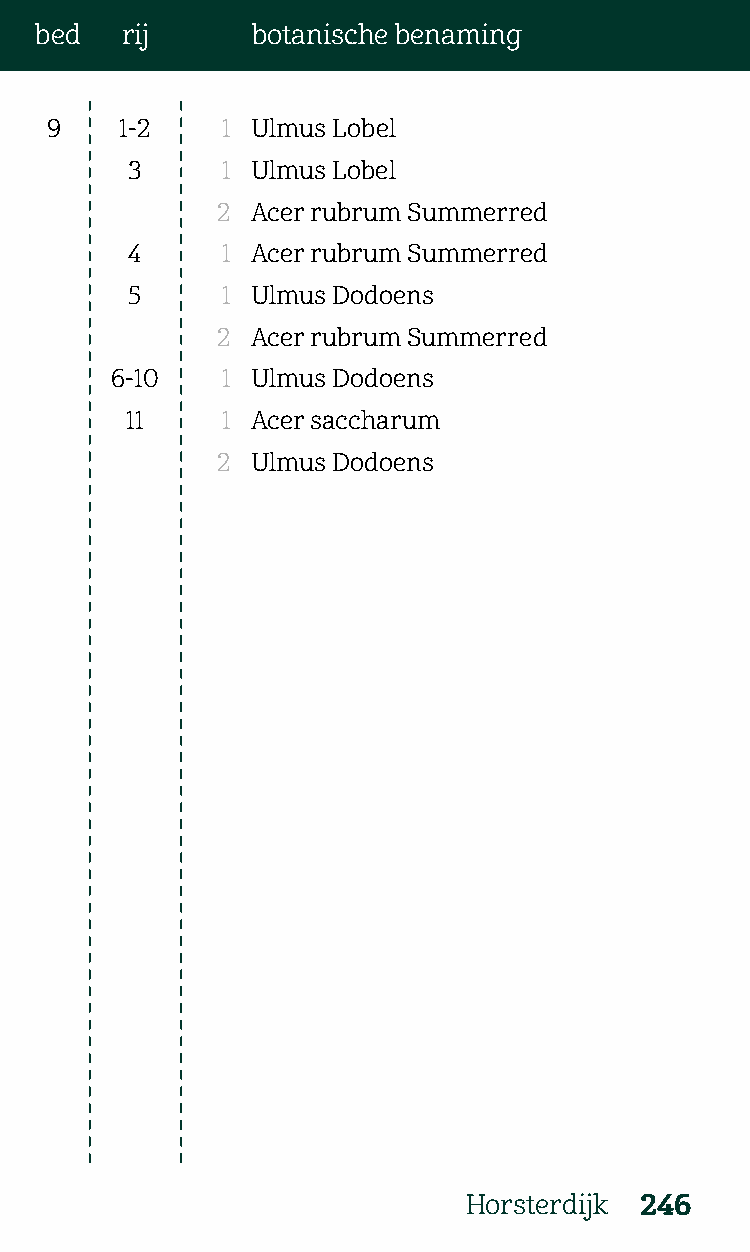
bed   rij      botanische benaming
 9    1-2    1 Ulmus Lobel
 3      1 Ulmus Lobel
 2  Acer rubrum Summerred
 4      1 Acer rubrum Summerred
 5      1 Ulmus Dodoens
 2  Acer rubrum Summerred
 6-10    1 Ulmus Dodoens
 11     1 Acer saccharum
 2  Ulmus Dodoens
 Horsterdijk 246